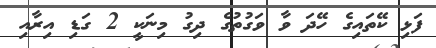
ފަޅި ކޭތައިގެ ހޭދަ ވާ ވަގުތުގެ ދިގު މިނަކީ 2 ގަޑި އިރާއި